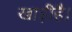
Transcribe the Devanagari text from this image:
खाड़ीहै।